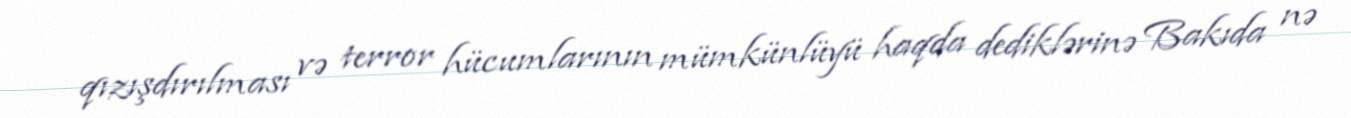
qızışdırılması və terror hücumlarının mümkünlüyü haqda dediklərinə Bakıda nə